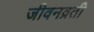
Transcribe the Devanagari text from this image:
जीवनव्रती